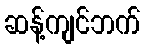
ဆန့်ကျင်ဘက်